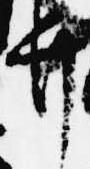
弁